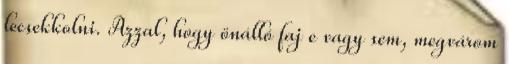
lecsekkolni. Azzal, hogy önálló faj e vagy sem, megvárom